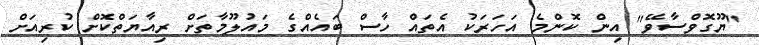
"ޔޫގޮވްސާވޭ" އިން ކޮންމެ އަހަރަކު އެތައް ހާސް ބައެއްގެ މައުލޫމާތަށް ރިއާޔަތްކޮށް ކުރިއަށް